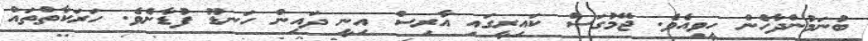
ބުނަމުންދާހެން ހީވިއެވެ. ޖޭމުގަސް ކައިރީގައި އާރިސް އިނީ ދައިން ހަނޑޫ ފުޑާށެވެ. ހަރަކާތްތައް